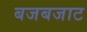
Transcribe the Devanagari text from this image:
बजबजाट